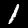
Label: 1